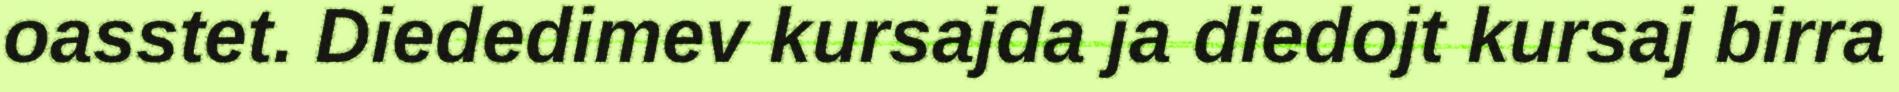
oasstet. Diededimev kursajda ja diedojt kursaj birra